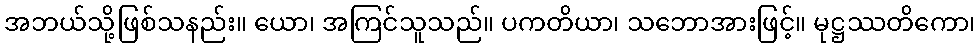
အဘယ်သို့ဖြစ်သနည်း။ ယော၊ အကြင်သူသည်။ ပကတိယာ၊ သဘောအားဖြင့်။ မုဋ္ဌဿတိကော၊